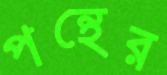
পন্থের